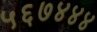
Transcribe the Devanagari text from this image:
५६७४४४